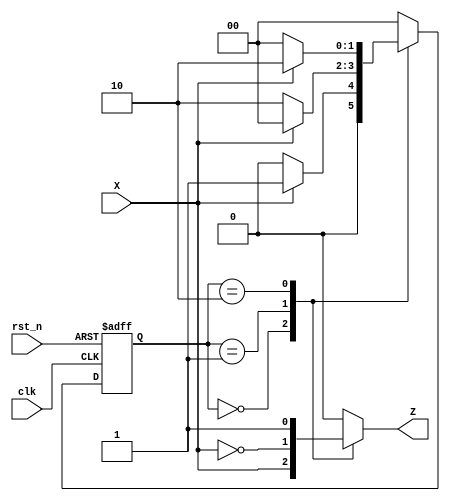
module mealy_state_machine (
    input wire clk,          // Clock signal
    input wire rst_n,       // Asynchronous reset (active low)
    input wire X,           // Input signal
    output reg Z            // Output signal
);

// State encoding
localparam STATE_A = 2'b00;
localparam STATE_B = 2'b01;
localparam STATE_C = 2'b10;

reg [1:0] current_state, next_state;

// State transition logic
always @(*) begin
    case (current_state)
        STATE_A: begin
            if (X) begin
                next_state = STATE_B; // Transition to State B
            end else begin
                next_state = STATE_A; // Remain in State A
            end
        end
        
        STATE_B: begin
            if (X) begin
                next_state = STATE_A; // Transition to State A
            end else begin
                next_state = STATE_C; // Transition to State C
            end
        end
        
        STATE_C: begin
            if (X) begin
                next_state = STATE_C; // Remain in State C
            end else begin
                next_state = STATE_A; // Transition to State A
            end
        end
        
        default: next_state = STATE_A; // Default to State A
    endcase
end

// State update logic
always @(posedge clk or negedge rst_n) begin
    if (!rst_n) begin
        current_state <= STATE_A; // Initialize to State A on reset
    end else begin
        current_state <= next_state;
    end
end

// Output logic (Mealy output)
always @(*) begin
    case (current_state)
        STATE_A: begin
            Z = X; // Z = 1 if X = 1, else Z = 0
        end
        
        STATE_B: begin
            Z = ~X; // Z = 1 if X = 0, else Z = 0
        end
        
        STATE_C: begin
            Z = 1; // Z = 1 regardless of X
        end
        
        default: Z = 0; // Default output
    endcase
end

endmodule